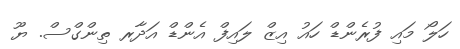
ހަލޯ މައި ފުރެންޑް ހައު އިޒް ލައިފް އެންޑް އަދާރ ތިންގްސް. ޔޫ